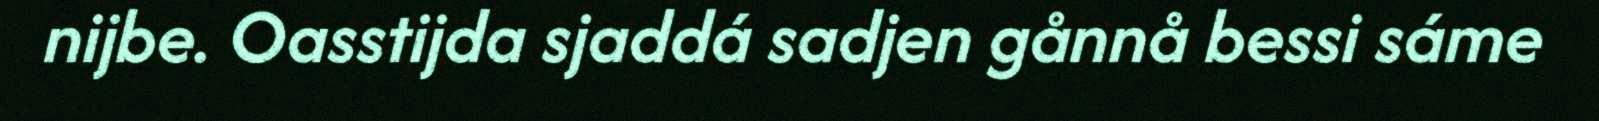
nijbe. Oasstijda sjaddá sadjen gånnå bessi sáme